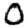
Digit: 0